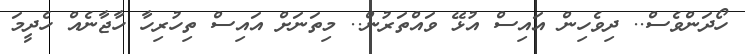
ހޯދަންވެސް.. ދިވެހިން އައިސް އުޅޭ ވައްތަރުން.. މިތަނަށް އައިސް ތިހުރިހާ ހާޖާނެއް ހެދީމަ